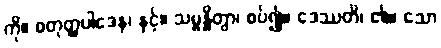
ကို။ စတုတ္ထပါဒေန၊ နှင့်။ သမ္ဗန္ဓိတွာ၊ စပ်၍။ ဒေဿတိ၊ ၏။ သော